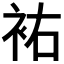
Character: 𧙗